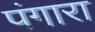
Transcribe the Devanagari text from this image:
पंगारा